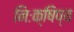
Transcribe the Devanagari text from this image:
निःक्षिप्य